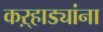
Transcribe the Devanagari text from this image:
कऱ्हाड्यांना